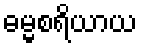
ဓမ္မစရိယာယ